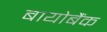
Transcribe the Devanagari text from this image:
बायोबैंक